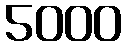
5000